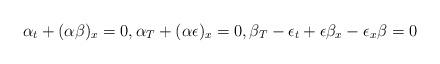
LaTeX: \begin{align*}\alpha_t+(\alpha\beta)_x=0,\alpha_T+(\alpha \epsilon)_x=0,\beta_T-\epsilon_t+\epsilon \beta_x-\epsilon_x\beta=0\end{align*}